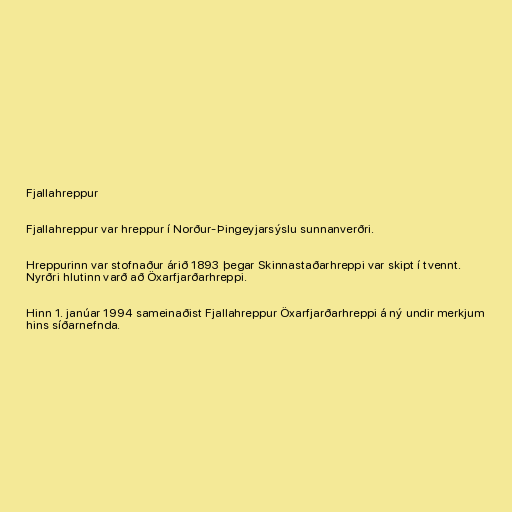
Fjallahreppur

Fjallahreppur var hreppur í Norður-Þingeyjarsýslu sunnanverðri.

Hreppurinn var stofnaður árið 1893 þegar Skinnastaðarhreppi var skipt í tvennt.
Nyrðri hlutinn varð að Öxarfjarðarhreppi.

Hinn 1. janúar 1994 sameinaðist Fjallahreppur Öxarfjarðarhreppi á ný undir merkjum
hins síðarnefnda.